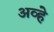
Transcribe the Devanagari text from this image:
अव्हे